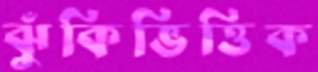
ঝুঁকিভিত্তিক